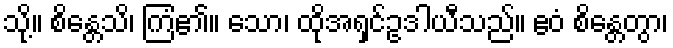
သို့။ စိန္တေသိ၊ ကြံ၏။ သော၊ ထိုအရှင်ဥဒါယီသည်။ ဧဝံ စိန္တေတွာ၊